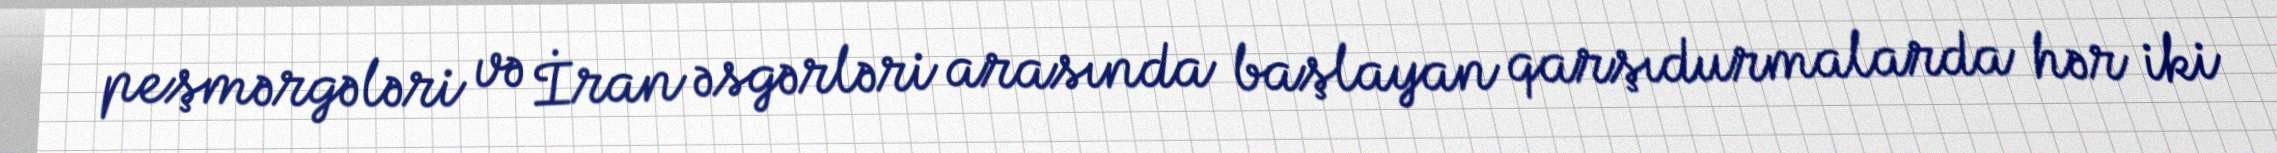
peşmərgələri və İran əsgərləri arasında başlayan qarşıdurmalarda hər iki